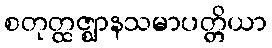
စတုတ္ထဇ္ဈာနသမာပတ္တိယာ